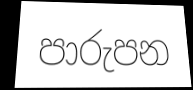
පාරුපන